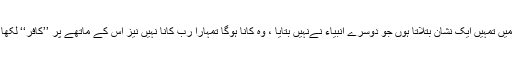
مگر میں تمہیں ایک نشان بتلاتا ہوں جو دوسرے انبیاء نےنہیں بتایا ، وہ کانا ہوگا تمہارا رب کانا نہیں نیز اس کے ماتھے پر ’’کافر‘‘ لکھا ہوگا۔